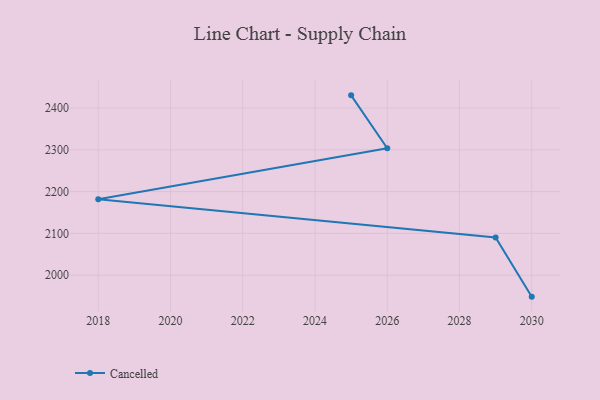
{"axis": {"x": "Year", "y": "Conversion Rate (%)"}, "legend": ["Cancelled"], "data": [{"x": "2025", "y": 2430.3, "type": "Cancelled"}, {"x": "2026", "y": 2303.6, "type": "Cancelled"}, {"x": "2018", "y": 2181.9, "type": "Cancelled"}, {"x": "2029", "y": 2090.0, "type": "Cancelled"}, {"x": "2030", "y": 1948.6, "type": "Cancelled"}]}